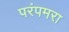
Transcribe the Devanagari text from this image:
परंपमरा